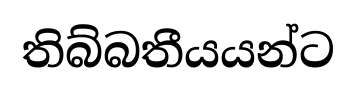
තිබ්බතීයයන්ට